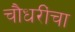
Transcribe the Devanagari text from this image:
चौधरींचा